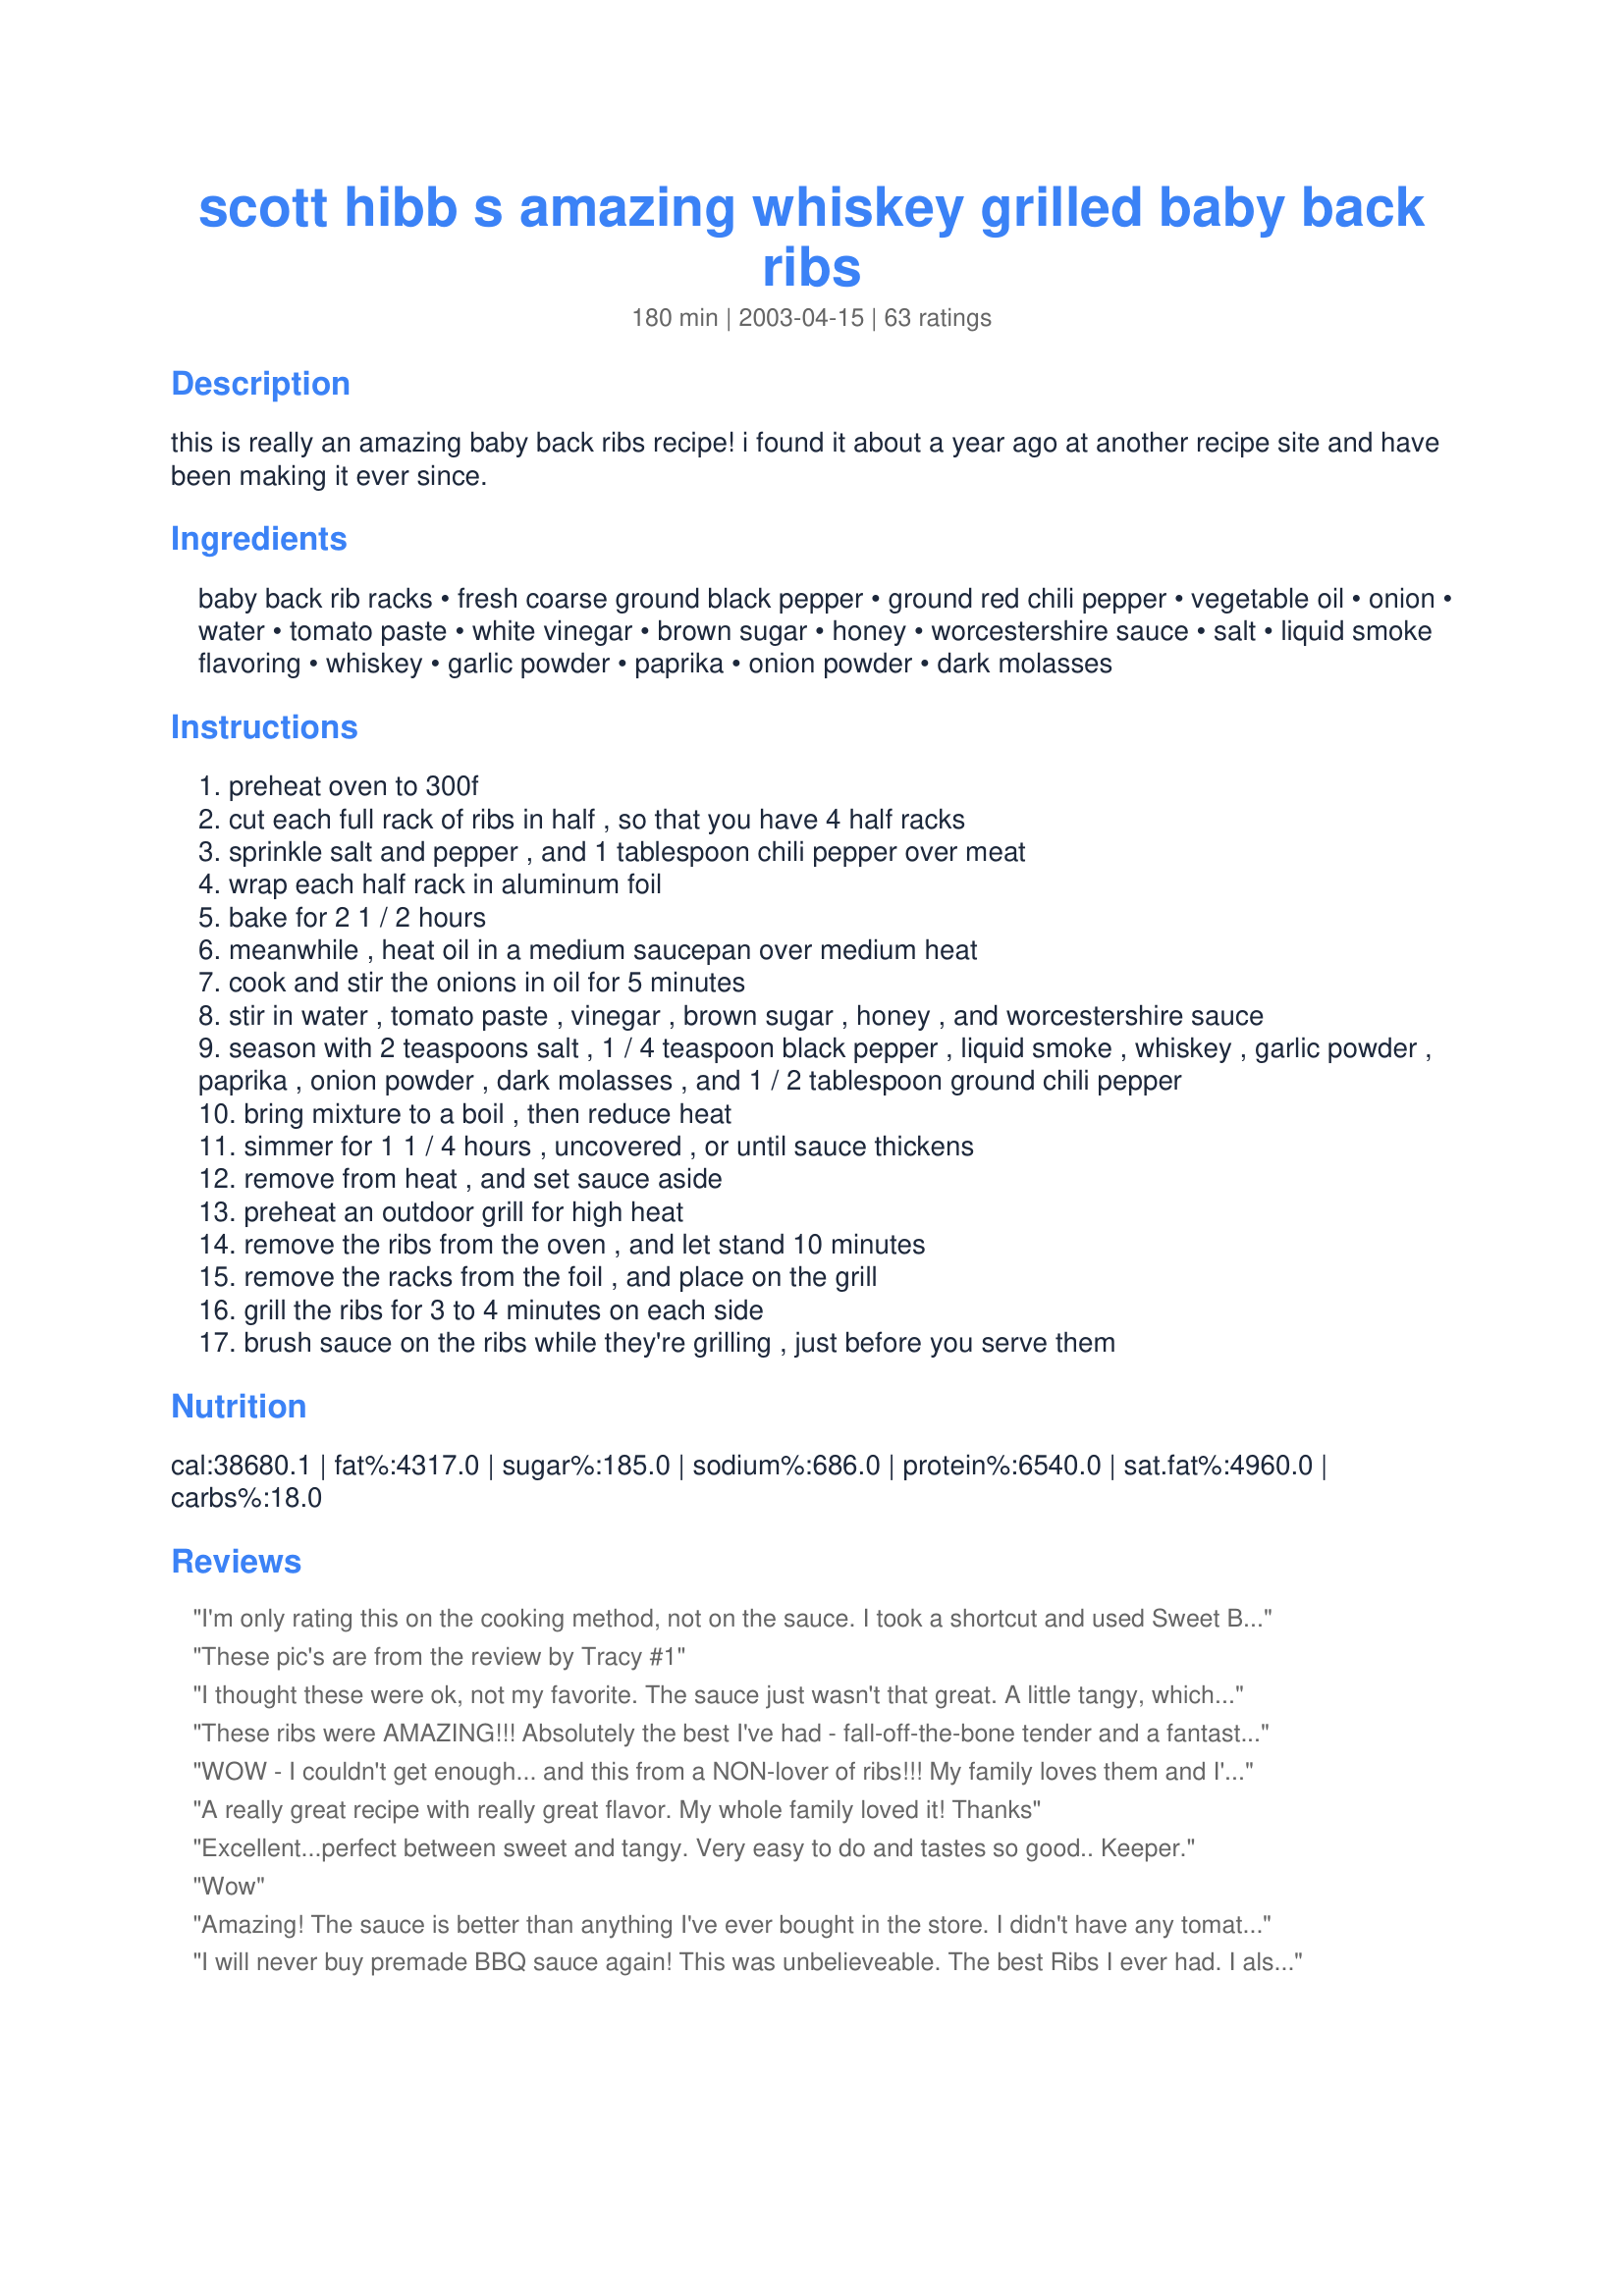
scott hibb s amazing whiskey grilled baby back ribs
Preparation time: 180 minutes

this is really an amazing baby back ribs recipe! i found it about a year ago at another recipe site and have been making it ever since.

Ingredients:
baby back rib racks, fresh coarse ground black pepper, ground red chili pepper, vegetable oil, onion, water, tomato paste, white vinegar, brown sugar, honey, worcestershire sauce, salt, liquid smoke flavoring, whiskey, garlic powder, paprika, onion powder, dark molasses

Steps:
preheat oven to 300f
cut each full rack of ribs in half , so that you have 4 half racks
sprinkle salt and pepper , and 1 tablespoon chili pepper over meat
wrap each half rack in aluminum foil
bake for 2 1 / 2 hours
meanwhile , heat oil in a medium saucepan over medium heat
cook and stir the onions in oil for 5 minutes
stir in water , tomato paste , vinegar , brown sugar , honey , and worcestershire sauce
season with 2 teaspoons salt , 1 / 4 teaspoon black pepper , liquid smoke , whiskey , garlic powder , paprika , onion powder , dark molasses , and 1 / 2 tablespoon ground chili pepper
bring mixture to a boil , then reduce heat
simmer for 1 1 / 4 hours , uncovered , or until sauce thickens
remove from heat , and set sauce aside
preheat an outdoor grill for high heat
remove the ribs from the oven , and let stand 10 minutes
remove the racks from the foil , and place on the grill
grill the ribs for 3 to 4 minutes on each side
brush sauce on the ribs while they're grilling , just before you serve them

Reviews:
I'm only rating this on the cooking method, not on the sauce. I took a shortcut and used Sweet Baby Ray's Barbeque Sauce instead. I don't eat meat, but I cook it for my family. They loved, loved, loved this. The meat was literally falling off the bones when I turned the ribs on the grill. Our dinner was filled with mmmmmmmmmmm's. My DH was still talking about the ribs the next day. I guess I will be making ribs again soon. Thanks for a great cooking method!
These pic's are from the review by Tracy #1
I thought these were ok, not my favorite. The sauce just wasn't that great. A little tangy, which should have been ok, so not sure what it was.
These ribs were AMAZING!!! Absolutely the best I've had - fall-off-the-bone tender and a fantastic sauce. Very easy to prepare as well - a real keeper - we will make these again and again!
WOW - I couldn't get enough... and this from a NON-lover of ribs!!! My family loves them and I've been searching for an easy, tasty recipe and boy is this it. First, the cooking method made the ribs absolutely fall off the bone. Second, the sauce is absolutely mop-worthy, if not drinkable! Since the ribs were very difficult to handle out of the oven without falling apart, I would highly recommend what I did: let sit for 1/2 hour. Then mop with the sauce and let sit another 1/2 hour to cool. This gives them a bit more stability to get onto the grill without falling apart so easily (and they soak up some sauce). I followed the recipe exactly, except I cut the red pepper (cayenne) in 1/2 in both parts of the recipe, since my kids don't like very spicy food. HUGE HIT with everyone!! I doubled the sauce (YUM) and can't wait to try it on chicken next. Perfect recipe - thanks SO much for sharing Chippie!!
A really great recipe with really great flavor. My whole family loved it! Thanks
Excellent...perfect between sweet and tangy. Very easy to do and tastes so good.. Keeper.
Wow
Amazing! The sauce is better than anything I've ever bought in the store. I didn't have any tomato paste, so I subbed diced tomatoes. After it had simmered down and thickened, I blended it to a nice smooth sauce. 2.5 hours at 275F was perfect and falling off the bone tender. A few minutes on the grill to blacken the sauce was all it needed.
I will never buy premade BBQ sauce again! This was unbelieveable. The best Ribs I ever had. I also did chicken legs with these. I baked them 90% of the way and grilled them with the ribs. You have to try this.
Was so good. My family loved it. Even my picky 2 year old gobbled it up. I made double amount of sauce and threw it in the crock pot with a roast and it was great to. Thanks!!!
If you have the time to devote to cooking these ribs, then you will love the fall-off-the-bone rewards. Wonderful! Thanks for posting.
Awesome. These ribs fall right off the bone & are just the right combo of sweet & spicy. Our friends arrange their lives around our rib fests so they don't miss these great ribs.
I have made these twice now, following the exact recipe. Both times they have turned out great! The meat is great even before the grilling and the sauce but gets even better after the grilling and sauce. As we were eating the final product, my boyfriend remarked "That is heaven; I wish it would never end" They really are good
Three words... yum Yum YUM! We tried these last night and they were delicious. We followed the recipe to a tee except for the fact that I wasn't sure about the ground red chili pepper so I used the same amount of cayenne pepper when seasoning the ribs in the oven and then a bit of cayenne and ground jalapenos in the sauce. The two of them together gave it a bit too much of a pepper taste but that was my error. I would highly recommend this to anyone who loves tender ribs with a great sauce which keeps you wanting more. Excellent recipe Chippie!!!!!
Third time made this The BEST sauce ever Even without all the ingredients I had to use tomato sauce so used just the diced tomatoes only from another can to thicken I mucked it up with the honey ( had just a small amount in a jar so there it all in ) Made it a little to sweet So put in extra vinegar ( by this time all I had was balsamic ) It was great anyhow and have enough left to have for camping this summer Bonus ??????????
These ribs are AWESOME! They are better than any ribs you can get in a restaurant. I make them at least once a month now. I don't have whiskey, so I substituted dark rum and it works very well. Try them if you like ribs.
These were amazingly tender and tasty!! Followed the recipe but omitted the liquid smoke! Will definitely be making these again!
This recipe turned out great.Was a hit with my gang. I did add something to the sauce that I thought it needed, that was a couple of tablespoons of honey mustard.
By far the BEST ribs I have cooked or ever eaten!! This sauce is wonderful!
Yes,these are Amazing! I really like the method of baking them in
the oven first as opposed to boiling them, seems to give them more flavour. I have made these three times already and always to
rave reviews. Thanks for posting
Chippie!!

Wow! These are so good! Now I have two great rib recipes that I will be making over and over. I cut the recipe in half. There's just DH and myself and they turned out great. I put the sauce on the whole time I grilled them. I like my ribs on the crispy side. Thanks for posting this tasty recipe.
here's the sixth *!!! I'm bummed. These ribs are so good that my family never wants to go out for bbq anymore. Why go out when we can make the best ribs at home. More work (hardly) for me, but happy tummies for the family. That's what is more important! Thanks for the delicious recipe!
Ooooooooooooh Chippie! You certainly know how to make a rib lovin' girl happy! My husband and I used this recipe on the 4th of July. It was the first time we had EVER made ribs and it turned out so good! I cheated and used bottled sauce, but the ribs turned out so well I will most likely use your sauce recipe next time. Thank you for posting such an easy to use and delicious to taste recipe!
These were some of the best ribs I've ever had. I didn't even know that this recipe was on here but I had this tucked away previously and it's one of my favourite rib recipes. The bbq sauce does require that extra effort, but it is DEFINITELY worth it. I've yet to grill these ribs, just put it in the oven for an extra half hour or so and they come out perfect. Amazing ribs with an amazing sauce!
This is a nice sauce to mop the ribs with. I do think that next time I will wait until the sauce is reduced and then when cool add the whiskey, as we could not identify that flavor at all. I did put these on ribs, that I rubbed, but cooked for 4 hours at 200 degrees. This makes falling off the bone literally, sigh too long.
I will be fixing this again, but believe I have enough sauce to do another rack as this makes close to 4 cups of sauce. Thank you Chippies for sharing this keeper. Shirl
Oh man! Those ribs are FANTASTIC! My outdoor grill was out of gas at the time I was making this recipe, so instead of grilling, I broiled the ribs. The meat was so tender and full of flavor. I had a lot sauce left though. It&#039;s just so good to pair it with meat! Can&#039;t complain. Thanks for the recipe!
These were the best ribs I have ever made...I made them sugar free by using splenda and sugar free honey...I will double the sauce recipe as everyone was licking the bones. I did not grill them just put them back in low oven with sauce on...wonderful
We decided that these were the best ribs we have ever eaten. My DH and I have over 30 years experience in the restaurant business so we know ribs. Our highest compliments, Chippie!
This sauce is REALLY good! We've made it quite a few times now and it gets rave reviews from everyone. We do use a different method to cook our ribs though so can't comment on that part of the recipe.
my DH has made this recipe twice now for large parties. It is the best recipe we have found yet. The sauce takes some time to mix, but it is definately worth it. One mistake we made was stacking the ribs in the oven, if you do this, they must cook longer. ENJOY!
Thumbs up! Meat very tender, like butter. Sauce was just as nice two days later.
Always a crowd pleaser. Made these more than 15 times and I forgot to rate. If I make ANYTHING more than 15 times, it HAS to be great.
Until we found this recipe we had an awfully hard time making edible ribs. Problem solved!!! These ribs are so good that we can't wait to invite friends over to share. Thanks for solving our rib-making problems. These are better than what's served at most resturants! I followed the recipe as written, and wouldn't change a thing. Can't wait to have a pulled pork sandwich tomorrow with all the leftovers! Thanks again...
Deserves a 10 star rating! These are the best ribs EVER! My 4 year old son requests them quite frequently. The sauce is to die for! Thank you!!
I love this sauce! The rib recipe is great too. I make this sauce for chicken & pulled pork as well as the ribs. The only change I make as others have mentioned is to reduce the chili pepper, otherwise it's fiery hot. Just made this sauce again today...it's currently waiting for my pork roast to finish in the oven.
Great ribs, Chippie. I don't really like ribs, but loved these. DH gives it a 5 and DS says 4 (a little too much chili pepper for him).
Apr 2, 2007: I will vouch for the sauce--didn't try it on these ribs, however. The sauce is awesome! It is savory-sweet and not too hot using chili powder (I thought that was what you meant by ground red chili pepper rather than cayenne pepper!). Can't wait to try this sauce on chicken, etc.! Update 8/10/2009: Fantastic on pulled pork sandwiches!! Toss on a few jalapenos an it hits the spot.
I don't think I have had a better sauce, although I should have made more for the amount of ribs I cooked. 
I would love to have called this my own, but I will give credit where credit is due. 
I will do a search on Scott Hibb's other recipes. Thank you Scott!!

Mr.D
WoW!.... I thought my rib recipe was the best for years. Thought for a change of pace i would try this sauce......Very impressed. I think i found my new favorite. Thanks
This was worth the sauce alone! The method for cooking ribs, which I've avoided before since it wasn't pure BBQ, was brilliant! would make this again in a hot 165 minutes. Also, just made a BBQ chicken pizza with the leftover sauce. Man, was it good. Who is this Scott Hibb and how did he get the sauce so tasty?!
This was my first time EVER making ribs and the recipe is wonderful. The ribs were "fall off the bone" tender and so flavorful and the sauce was out of this world. I doubled the sauce recipe which enabled me to save some for another time. This recipe is so good it caused my husband to utter unintelligible sounds while eating the ribs over the kitchen sink! This is a must have in our family now.
These are the best ribs my family and I ever had!!! I had always boiled my ribs in pineapple juice first but baking them for 2 1/2 hours is much better. There isn't anything that I changed in the recipe. My family can't wait for me to make them again. Thanks for posting!!
These are the best. For any working parents out there, I started this after dinner one night, proceeded to step 15 (except I didn't light the grill, etc.), then refridgerated the sauce in a bowl, and the ribs on a plate. The next night when I came home from work, I made scalloped potatoes and lima beans while the ribs and sauce came to room temperature, and then proceeded to finish the ribs as directed. An absolutely stupendous dinner was on the table 40 minutes after I got home from work.
I fixed this for the first time over the holiday weekend. Everyone loved it. I left out the whiskey since I did not have any. It was great just the same.
Best rib recipe ever. I first came across it about a year ago and have made them probably half a dozen times since. Followed the original recipe except swapped in maple syrup for the honey and omitted the liquid smoke. I will never use another rib recipe. The sauce is excellent for basting grilled chicken legs too. Thank you, Scott Hibbard!
Wow, took a chance and was NOT disappointed. BBQ sauce was great! I used cider vinegar and southern comfort and omitted the liquid smoke. Family and friends raved after tasting!
AMAZING is the right word! I used both the sauce recipe here and my own honey garlic!! So fall off the bone delicious!
Thanks again for a new way to make ribs!
Ruined our ‘let’s try this rib place’...hard to find in the northeast. Fam asks for this recipe weekly! As a dietitian I make them every few months and yes reduce the salt. Usually do not have whiskey around??
Very good. I've made this several times now and the sauce is amazing! I get requests to make these ribs whenever my nephew comes to visit. Thank you for sharing.
Yummy!!! I just made these for a BBQ and they turned out great. My only complaint was that the sauce didn't really thicken up, but the taste was great and we ate them all.
I got my Mother into Zaar also and she has been telling me about these ribs. I had not yet gotten the chance to make them, but I sure got the chance to taste them! She came to visit for Christmas and she made these for a family dinner the night before she flew back out to Edmonton. They are awesome! The sauce is great and the ribs do just literally fall off the bone! Everyone here loved them. She doubled the recipe so I have lots of the sauce leftover for near future use! I prepared Whole Chicken Crockpot #33671 along with Simple Baked Potatoes #59353 and Baked Potato Topping #63887 and we had a great chicken & rib dinner! Thanks Chippie I will be using this recipe again! (Oh and Mom just realized while she was here that she never submitted her review so hers is still to come!)Thanks again for a yummy recipe!
The sad part is the amount of sodium, way to high for me. Hubby loved them thou.
These were fabulous! Absolutely fall off the bone delish! I tripled the recipe for a family cook out. The ribs were gone in the first 15 minutes!
Definitely the BEST ribs I have ever had. I am making them for the 3rd time right now. Request of my son before he goes off to college. Easy to follow. Simple ingredients that are always on hand. Simply the best. Never any leftovers.
When looking for a ribs recipe, I was looking more for a way to COOK the ribs properly, than to find a sauce. I tried this recipe and will never use another one for cooking ribs. I just used Sweet Baby Rays BBQ sauce and these were the best ribs my family and I had ever eaten!! I do plan to try the sauce eventually, but I wanted to compliment on how fall-off-the-bone tender these are. They are TO DIE FOR!!! Thanks so much!
I made these last night and they were a huge hit. Succulent, fall off the bone tender, moist and tangy. I made the recipe exactly as indicated except I wasn't afraid to apply the sauce before grilling since the ribs were already cooked and didn't require a long cooking time. They didn't burn at all but tasted great.
Awesome recipe, excellent sauce! I reduced the amount of ground chili pepper so that it had some kick, but the heat didn't take over. Even my teenagers raved over the sauce. Making this again very soon. Oh and I doubled the recipe so I could have some sauce left over for some BBQ chicken later in the week.
I stuck to the recipe and the result were exceptional
Delicious! Next time I am going to decrease the red pepper a bit for a little less kick, but all in all these were fabulous
Excellent! I broiled the ribs rather than grilled. I think the sauce actually got better the second day!! TY
We had a package of almost 7 pounds of pork (baby back) ribs. Followed this recipe and instructions to the letter, with the exception of removing the membrane before baking. I have never had better ribs, anywhere, bar none! This is really a keeper. Thanks!
This sauce is DELICIOUS!It did have a little kick to it but it never got too hot. I think this will be the sauce of choice from now on. I liked the sweetness and my DH liked the kick. good job chippie, thanks!
